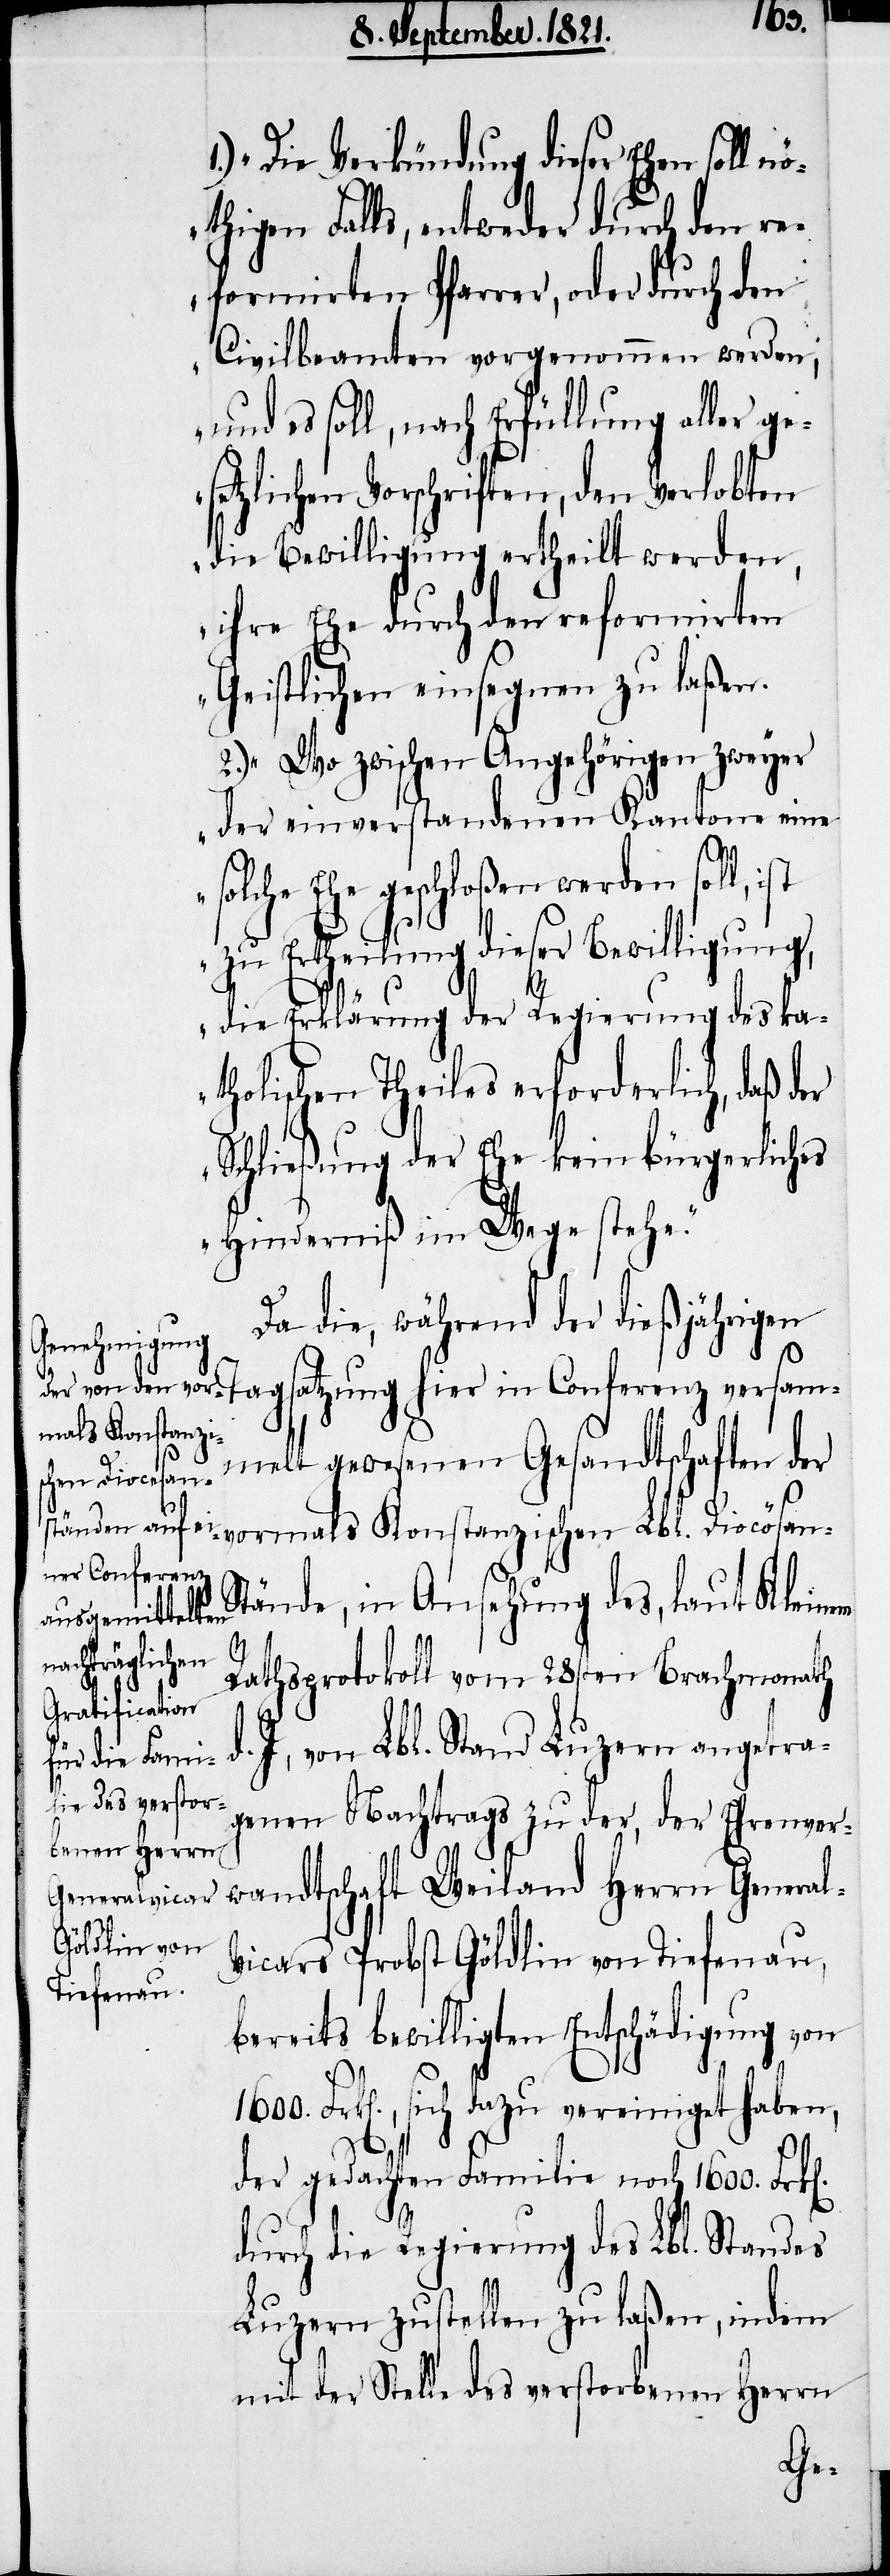
„1.) Die Verkündung dieser Ehen soll n¬
öthigen Falls, entweder durch den re¬
formirten Pfarrer, oder durch den
Civilbeamten vorgenommen werden;
und es soll, nach Erfüllung aller ge¬
setzlichen Vorschriften, den Verlobten
die Bewilligung ertheilt werden,
ihre Ehe durch den reformirten
Geistlichen einsegnen zu laßen.
2.) Wo zwischen Angehörigen zweyer
der einverstandenen Kantone eine
solche Ehe geschloßen werden soll,
zu Ertheilung dieser Bewilligung,
l-V¬
die Erklärung der Regierung des ka¬
tholischen Theils erforderlich, daß der
Schließung der Ehe kein bürgerliches
Hinderniß im Wege stehe.“
Da die, während der dießjährigen
ormals Konstanzi¬
melt gewesenen Gesandtschaften der
schen Lbl. Diocösan-S¬
in Conferenz
tände, in Ansehung des, laut Kleinem
versam¬
Rathsprotokoll vom 28sten Brachmonath
d. J, von Lbl. Stand Luzern angetra¬
genen Nachtrags zu der, der Ehrenver¬
wandtschaft Weiland Herrn Genera¬
icars Probst Göldlin von Tiefenau,
bereits bewilligten Entschädigung von
1600. Frk[en]., sich dazu vereiniget haben,
der gedachten Familie noch 1600.
durch die Regierung des Lbl. Standes
Luzern zustellen zu lassen, indem
mit der Stelle des verstorbenen Herrn